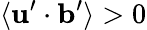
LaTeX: \langle{{\mathbf{u}}^{\prime}\cdot{\mathbf{b}}^{\prime}}\rangle>0